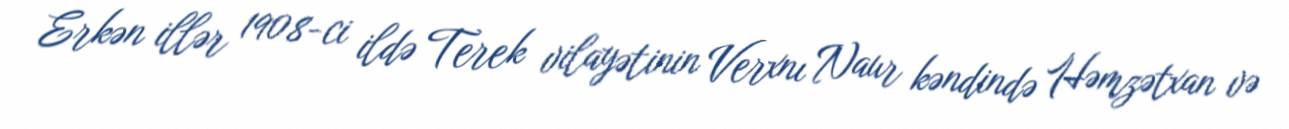
Erkən illər 1908-ci ildə Terek vilayətinin Verxnı Naur kəndində Həmzətxan və